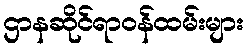
ဌာနဆိုင်ရာဝန်ထမ်းများ